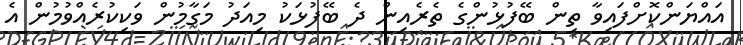
އައްޔަންކޮށްފައިވާ ތިން ބޭފުޅުންގެ ތެރެއިން ދެ ބޭފުޅަކު މިއަދު މަގާމުން ވަކިކުރެއްވުމުން އެ